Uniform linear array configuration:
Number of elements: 32
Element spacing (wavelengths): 0.5
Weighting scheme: cosine
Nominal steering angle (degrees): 30
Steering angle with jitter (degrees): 29.92
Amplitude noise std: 0.05
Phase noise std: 0.05

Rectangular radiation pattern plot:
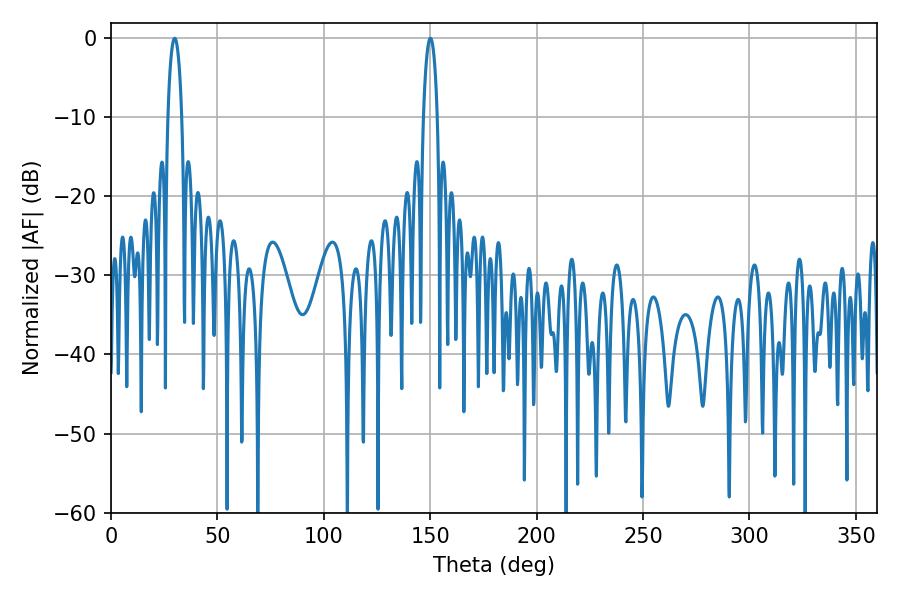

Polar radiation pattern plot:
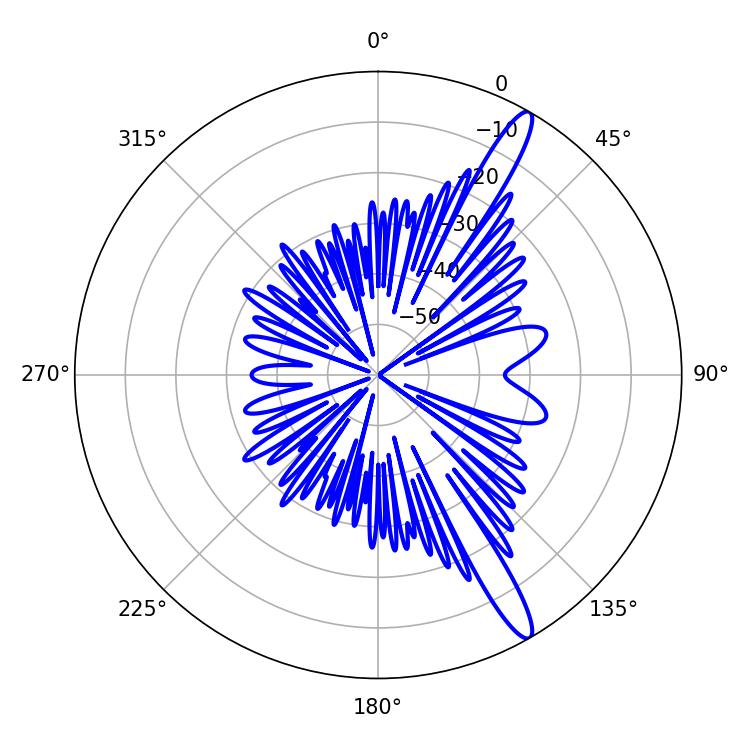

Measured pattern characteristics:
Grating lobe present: FALSE
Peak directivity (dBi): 14.372
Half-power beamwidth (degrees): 3.78
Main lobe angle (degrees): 150.12